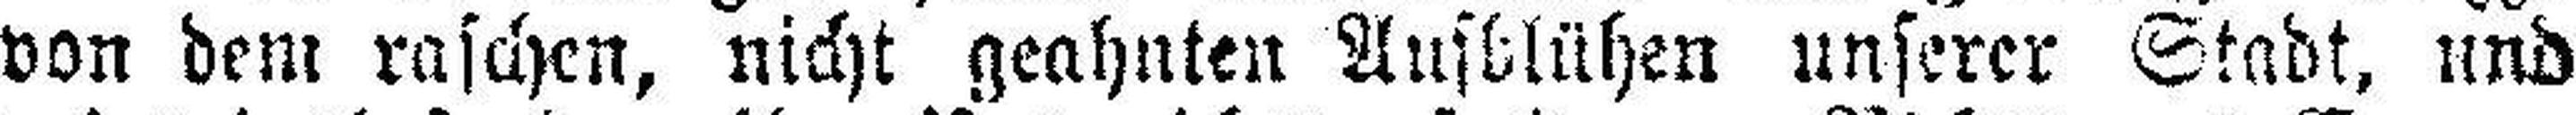
von dem raschen, nicht geahnten Aufblühen unserer Stadt, und